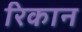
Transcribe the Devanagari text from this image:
रिकान